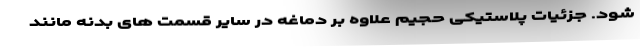
شود. جزئیات پلاستیکی حجیم علاوه بر دماغه در سایر قسمت های بدنه مانند